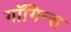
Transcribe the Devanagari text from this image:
गाॅगिन्स